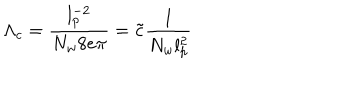
\Lambda _ { c } = \frac { l _ { p } ^ { - 2 } } { N _ { w } 8 e \pi } = \tilde { c } \frac { 1 } { N _ { w } l _ { p } ^ { 2 } }